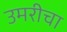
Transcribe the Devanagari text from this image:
उमरीचा